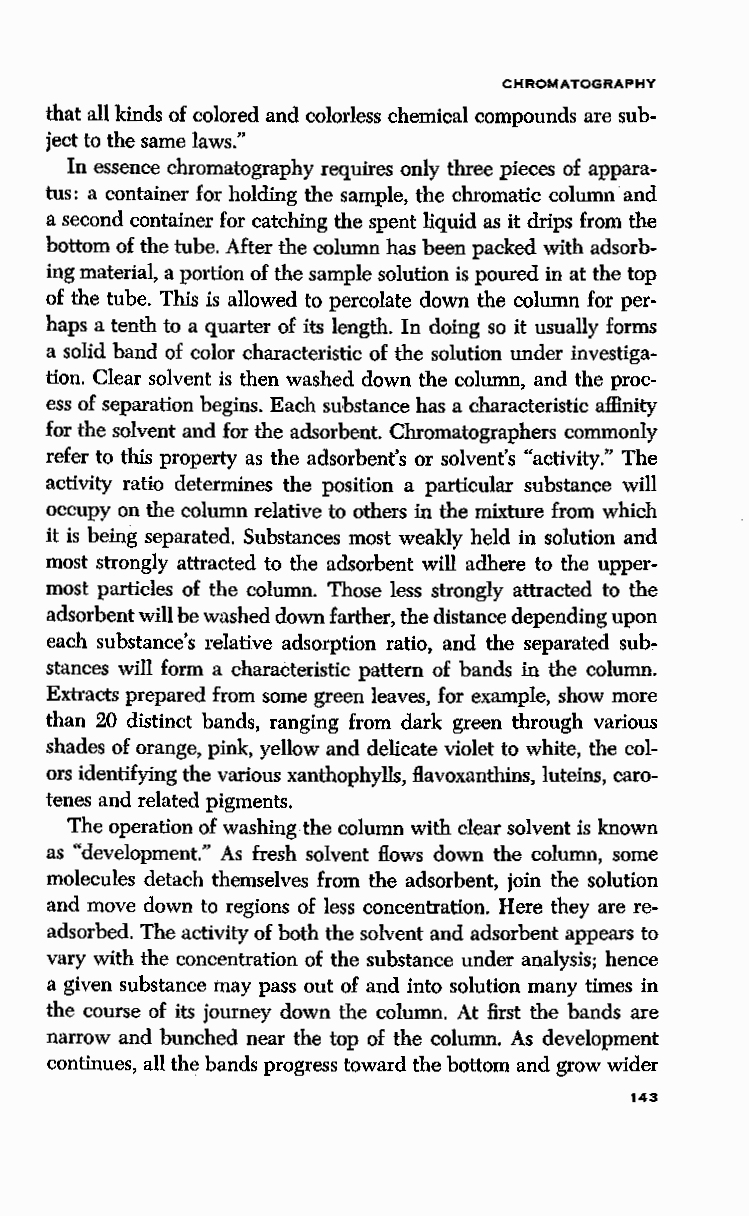
CHROMATOGRAPHY
 that all kinds of colored and colorless chemical compounds are sub
 ject to the same laws."
 In essence chromatography requires only three pieces of appara
 tus: a container for holding the sample, the chromatic column and
 a second container for catching the spent liquid as it drips from the
 bottom of the tube. After the column has been packed with adsorb
 ing material, a portion of the sample solution is poured in at the top
 of the tube. This is allowed to percolate down the column for per
 haps a tenth to a quarter of its length. In doing so it usually forms
 a solid band of color characteristic of the solution under investiga
 tion. Clear solvent is then washed down the column, and the proc
 ess of separation begins. Each substance has a characteristic affinity
 for the solvent· and for the adsorbent. Chromatographers commonly
 refer to this property as the adsorbent's or solvent's "activity." The
 activity ratio determines the position a particular substance will
 occupy on the column relative to others in the mixture from which
 it is being separated. Substances most weakly held in solution and
 most strongly attracted to the adsorbent will adhere to the upper
 most particles of the column. Those less strongly attracted to the
 adsorbent will be washed down farther, the distance depending upon
 each substance's relative adsorption ratio, and the separated sub~
 stances will form a characteristic pattern of bands in the column.
 Extracts prepared from some green leaves, for example, show more
 than 20 distinct bands, ranging from dark green through various
 shades of orange, pink, yellow and delicate violet to white, the col
 ors identifying the various xanthophylls, flavoxanthins, luteins, caro
 tenes and related pigments.
 The operation of washing the column with clear solvent is known
 as "development." As fresh solvent flows down the column, some
 molecules detach themselves from the adsorbent, join the solution
 and move down to regions of less concentration. Here they are re
 adsorbed. The activity of both the solvent and adsorbent appears to
 vary with the concentration of the substance under analysis; hence
 a given substance may pass out of and into solution many times in
 the course of its journey down the column. At first the bands are
 narrow and bunched near the top of the column. As development
 continues, all the bands progress toward the bottom and grow wider
 143